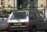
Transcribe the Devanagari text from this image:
हेल्थमंत्र